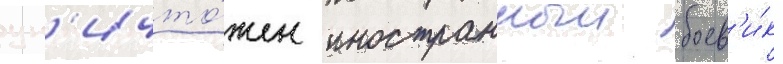
ун'ичто́жен иностранныи боев'и́к -